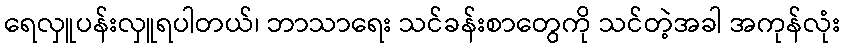
ရေလှူပန်းလှူရပါတယ်၊ ဘာသာရေး သင်ခန်းစာတွေကို သင်တဲ့အခါ အကုန်လုံး